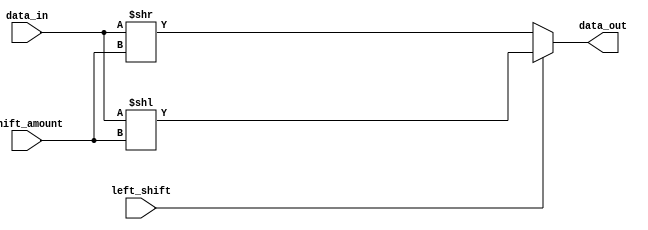
module SparseBarrelShifter (
    input wire [31:0] data_in,
    input wire [4:0] shift_amount,
    input wire left_shift,
    output reg [31:0] data_out
);

always @(*) begin
    if (left_shift) begin
        data_out = data_in << shift_amount;
    end else begin
        data_out = data_in >> shift_amount;
    end
end

endmodule